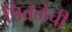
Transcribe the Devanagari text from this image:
पितळेंची